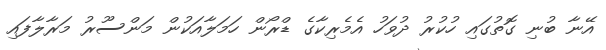
އޭނާ ބުނި ގޮތުގައި ހުކުރު ދުވަހު އެމެރިކާގެ ޑްރޯން ހަމަލާއަކުން މަންސޫރު މަރާލާފައި